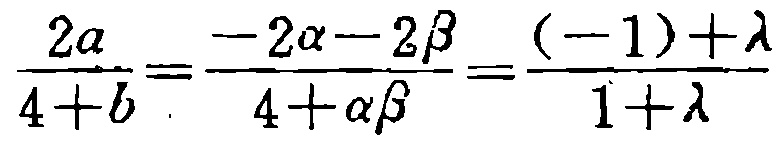
\(\frac{2a}{4 + b}=\frac{-2\alpha - 2\beta}{4+\alpha\beta}=\frac{(-1)+\lambda}{1+\lambda}\)